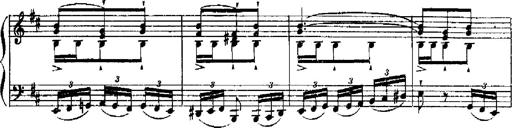
Title: RÃ©miniscences de Robert le diable
Composer: Franz Liszt